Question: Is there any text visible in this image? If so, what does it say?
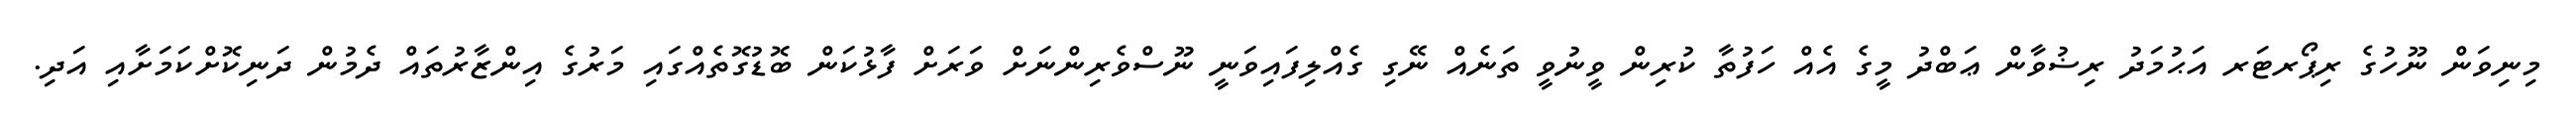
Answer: މިނިވަން ނޫހުގެ ރިޕޯރޓަރ އަޙުމަދު ރިޟުވާން ޢަބްދު މީގެ އެއް ހަފުތާ ކުރިން ވީނުވީ ތަނެއް ނޭގި ގެއްލިފައިވަނީ ނޫސްވެރިންނަށް ވަރަށް ފާޅުކަން ބޮޑުގޮތެއްގައި މަރުގެ އިންޒާރުތައް ދެމުން ދަނިކޮށްކަމަށާއި އަދި.